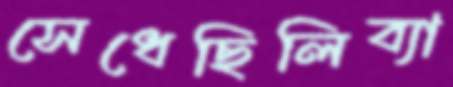
সেধেছিলিব্যা